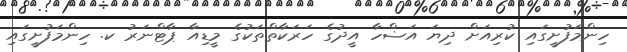
ހިންމަފުށީގައި ކުރިއަށް ދިޔަ އަޟްހާ އީދުގެ ހަރަކާތްތަކުގެ މީޑިއާ ޕާޓްނަރު ކ. ހިންމަފުށީގައި